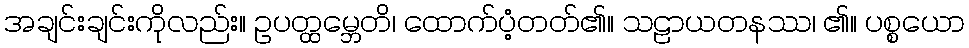
အချင်းချင်းကိုလည်း။ ဥပတ္ထမ္ဘေတိ၊ ထောက်ပံ့တတ်၏။ သဠာယတနဿ၊ ၏။ ပစ္စယော